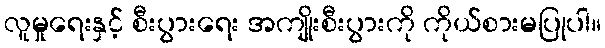
လူမှုရေးနှင့် စီးပွားရေး အကျိုးစီးပွားကို ကိုယ်စားမပြုပါ။